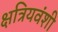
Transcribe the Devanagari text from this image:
क्षत्रियवंशी